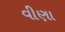
વીણા